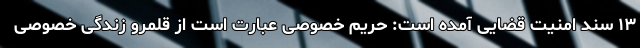
۱۳ سند امنیت قضایی آمده است: حریم خصوصی عبارت است از قلمرو زندگی خصوصی